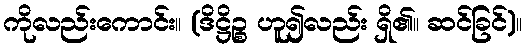
ကိုလည်းကောင်း။ (ဒိဋ္ဌိဉ္စ ဟူ၍လည်း ရှိ၏။ ဆင်ခြင်)။